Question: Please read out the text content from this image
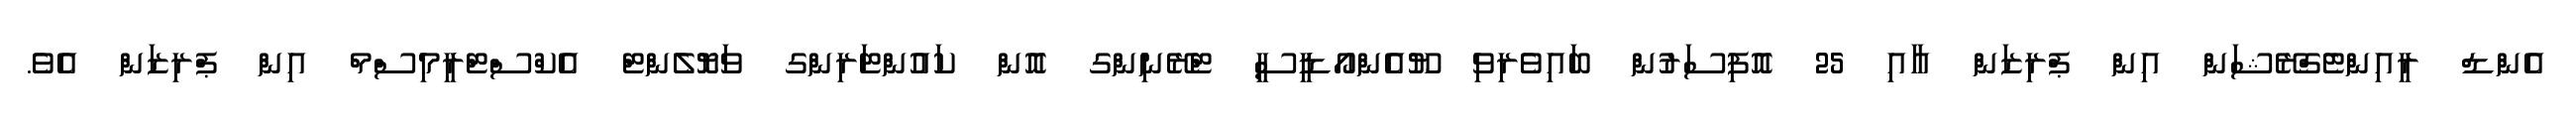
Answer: އެންޑް ރީއިންޓެގްރޭޝަން އިން ޕްރިޒަން އާއި 25 އޮފިސަރުން ބައިވެރިވި ޔޫއެންއޯޑީސީ ޓްރޭނިންގ އޮން ކައުންޓަރިންގ ވަޔޮލެންޓް އެކްސްޓްރީމިސްމް އިން ޕްރިޒަން އެވެ.